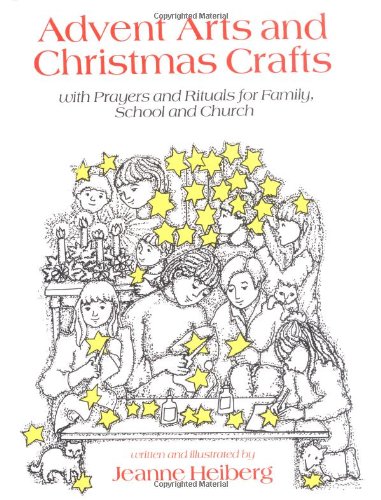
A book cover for Advent Arts and Christmas Crafts: With Prayers and Rituals for Family, School and Church; Jeanne Heiberg; Children's Books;